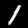
Label: 1